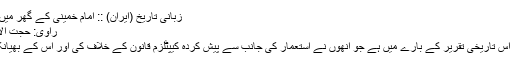
﻿ زبانی تاریخ (ایران) :: امام خمینی ؒکے گھر میں ہونے والی تاریخی تقریر
راوی: حجت الاسلام علی موحدی ساوجی
یہ تحریر امام خمینی ؒ کی اس تاریخی تقریر کے بارے میں ہے جو انھوں نے استعمار کی جانب سے پیش کردہ کیپٹلزم قانون کے خلاف کی اور اس کے بھیانک چہرے سے پردہ اٹھایا۔